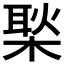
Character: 𪳎